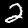
Label: 2